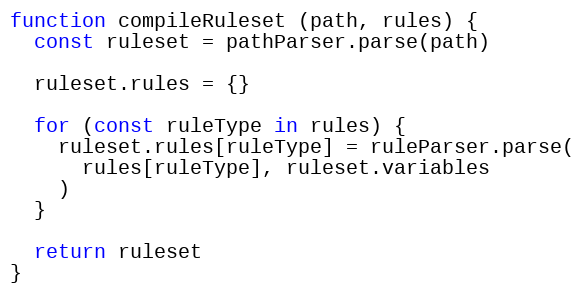
Language: JavaScript
function compileRuleset (path, rules) {
  const ruleset = pathParser.parse(path)

  ruleset.rules = {}

  for (const ruleType in rules) {
    ruleset.rules[ruleType] = ruleParser.parse(
      rules[ruleType], ruleset.variables
    )
  }

  return ruleset
}